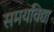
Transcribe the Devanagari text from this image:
समयविद्या